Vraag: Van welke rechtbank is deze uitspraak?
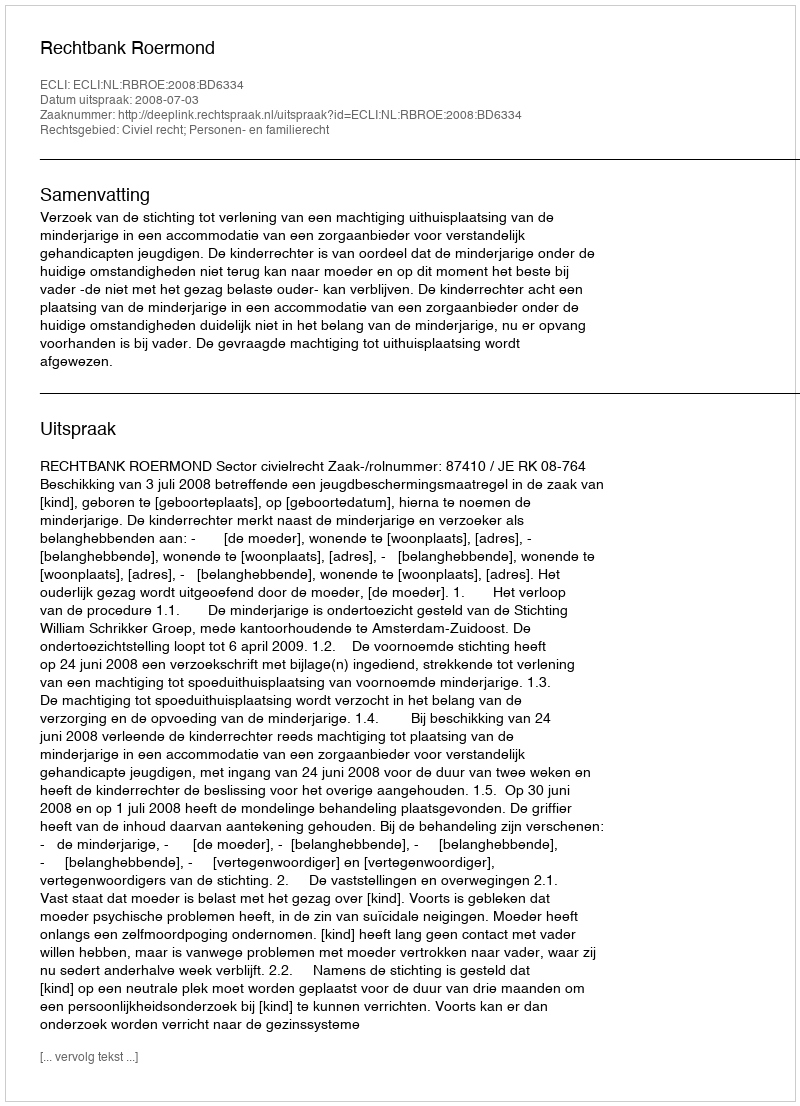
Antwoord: Rechtbank Roermond